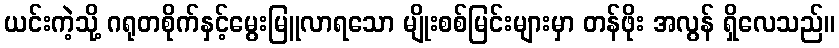
ယင်းကဲ့သို့ ဂရုတစိုက်နှင့်မွေးမြူလာရသော မျိုးစစ်မြင်းများမှာ တန်ဖိုး အလွန် ရှိလေသည်။